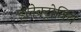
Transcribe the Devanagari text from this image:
इलेक्ट्रोनिय